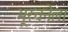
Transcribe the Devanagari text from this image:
भूरचनेला